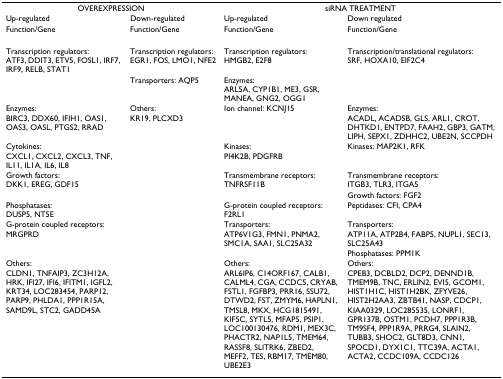
<table><thead><tr><td colspan="2"><b>OVEREXPRESSION</b></td><td colspan="2"><b>siRNA TREATMENT</b></td></tr><tr><td><b>Up-regulated</b></td><td><b>Down-regulated</b></td><td><b>Up-regulated</b></td><td><b>Down regulated</b></td></tr><tr><td><b>Function/Gene</b></td><td><b>Function/Gene</b></td><td><b>Function/Gene</b></td><td><b>Function/Gene</b></td></tr></thead><tbody><tr><td>Transcription regulators:ATF3, DDIT3, ETV5, FOSL1, IRF7, IRF9, RELB, STAT1</td><td>Transcription regulators:EGR1, FOS, LMO1, NFE2</td><td>Transcription regulators:HMGB2, E2F8</td><td>Transcription/translational regulators:SRF, HOXA10, EIF2C4</td></tr><tr><td></td><td>Transporters: AQP5</td><td>Enzymes:ARL5A, CYP1B1, ME3, GSR, MANEA, GNG2, OGG1</td><td></td></tr><tr><td>Enzymes:BIRC3, DDX60, IFIH1, OAS1, OAS3, OASL, PTGS2, RRAD</td><td>Others:KR19, PLCXD3</td><td>Ion channel: KCNJ15</td><td>Enzymes:ACADL, ACADSB, GLS, ARL1, CROT, DHTKD1, ENTPD7, FAAH2, GBP3, GATM, LIPH, SEPX1, ZDHHC2, UBE2N, SCCPDH</td></tr><tr><td>Cytokines:CXCL1, CXCL2, CXCL3, TNF, IL11, IL1A, IL6, IL8</td><td></td><td>Kinases:PI4K2B, PDGFRB</td><td>Kinases: MAP2K1, RFK</td></tr><tr><td>Growth factors:DKK1, EREG, GDF15</td><td></td><td>Transmembrane receptors:TNFRSF11B</td><td>Transmembrane receptors:ITGB3, TLR3, ITGA5</td></tr><tr><td></td><td></td><td></td><td>Growth factors: FGF2</td></tr><tr><td>Phosphatases:DUSP5, NT5E</td><td></td><td>G-protein coupled receptors:F2RL1</td><td>Peptidases: CFI, CPA4</td></tr><tr><td>G-protein coupled receptors:MRGPRD</td><td></td><td>Transporters:ATP6V1G3, FMN1, PNMA2, SMC1A, SAA1, SLC25A32</td><td>Transporters:ATP11A, ATP2B4, FABP5, NUPL1, SEC13, SLC25A43</td></tr><tr><td></td><td></td><td></td><td>Phosphatases: PPM1K</td></tr><tr><td>Others:CLDN1, TNFAIP3, ZC3H12A, HRK, IFI27, IFI6, IFITM1, IGFL2, KRT34, LOC283454, PARP12, PARP9, PHLDA1, PPP1R15A, SAMD9L, STC2, GADD45A</td><td></td><td>Others:ARL6IP6, C14ORF167, CALB1, CALML4, CGA, CCDC5, CRYAB, FSTL1, FGFBP3, PRR16, SSU72, DTWD2, FST, ZMYM6, HAPLN1, TMSL8, MKX, HCG1815491, KIF5C, SYTL5, MFAP5, PSIP1, LOC100130476, RDM1, MEX3C, PHACTR2, NAP1L5, TMEM64, RASSF8, SLITRK6, ZBED2, MEFF2, TES, RBM17, TMEM80, UBE2E3</td><td>Others:CPEB3, DCBLD2, DCP2, DENND1B, TMEM9B, TNC, ERLIN2, EVI5, GCOM1, HIST1H1C, HIST1H2BK, ZFYVE26, HIST2H2AA3, ZBTB41, NASP, CDCP1, KIAA0329, LOC285535, LONRF1, GPR137B, OSTM1, PCDH7, PPP1R3B, TM9SF4, PPP1R9A, PRRG4, SLAIN2, TUBB3, SHOC2, GLT8D3, CNN1, SPOCD1, DYX1C1, TTC39A, ACTA1, ACTA2, CCDC109A, CCDC126</td></tr></tbody></table>